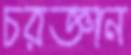
চরজ্ঞান